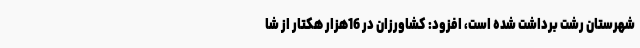
شهرستان رشت برداشت شده است، افزود: کشاورزان در 16هزار هکتار از شا